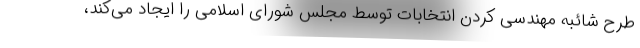
طرح شائبه مهندسی کردن انتخابات توسط مجلس شورای اسلامی را ایجاد می‌کند،